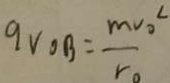
q v o B = \frac { m v _ { 0 } } { r _ { 0 } }